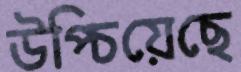
উপ্‌চিয়েছে